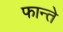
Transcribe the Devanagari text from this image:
फान्ते